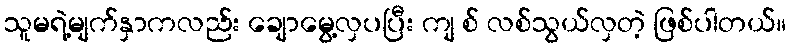
သူမရဲ့မျက်နှာကလည်း ချောမွေ့လှပပြီး ကျ စ် လစ်သွယ်လှတဲ့ ဖြစ်ပါတယ်။